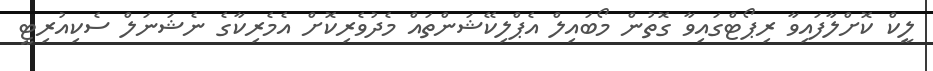
ލީކް ކޮށްލާފައިވާ ރިޕޯޓްގައިވާ ގޮތުން މޯބައިލް އެޕްލިކޭޝަންތައް މެދުވެރިކޮށް އެމެރިކާގެ ނެޝަނަލް ސެކިއުރިޓީ